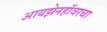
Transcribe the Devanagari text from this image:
आयझेनहॉवरचा